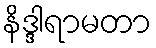
နိဒ္ဒါရာမတာ